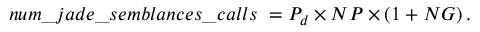
n u m \_ j a d e \_ s e m b l a n c e s \_ c a l l s \ = P _ { d } \times N P \times ( 1 + N G ) \, .